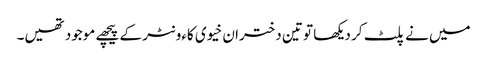
میں نے پلٹ کر دیکھا تو تین دختران خیوی کاءونٹر کے پیچھے موجود تھیں۔